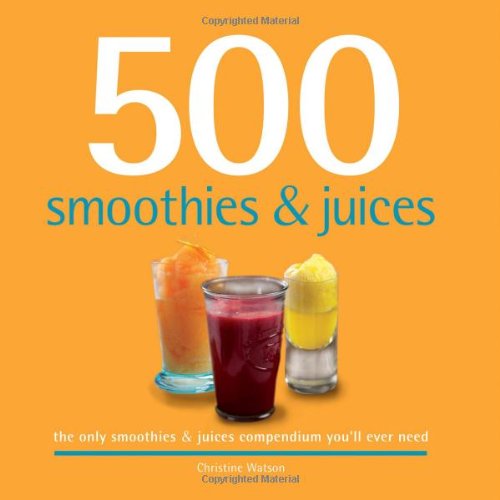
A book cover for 500 Smoothies & Juices: The Only Smoothie & Juice Compendium You'll Ever Need (500 Cooking (Sellers)); Christine Watson; Cookbooks, Food & Wine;